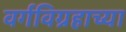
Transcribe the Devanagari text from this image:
वर्गविग्रहाच्या